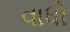
વાધો